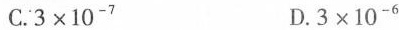
C.3×10^{-7}D.3×10^{-6}